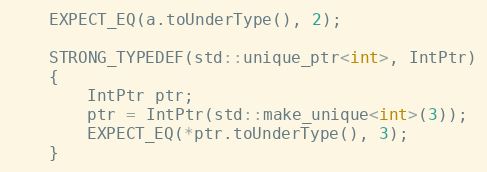
Language: C++
    EXPECT_EQ(a.toUnderType(), 2);

    STRONG_TYPEDEF(std::unique_ptr<int>, IntPtr)
    {
        IntPtr ptr;
        ptr = IntPtr(std::make_unique<int>(3));
        EXPECT_EQ(*ptr.toUnderType(), 3);
    }